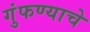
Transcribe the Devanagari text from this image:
गुंफण्याचे